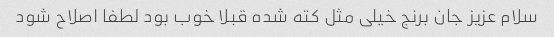
سلام عزیز جان برنج خیلی مثل کته شده قبلا خوب بود لطفا اصلاح شود